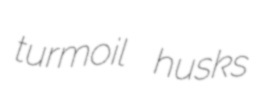
turmoil husks